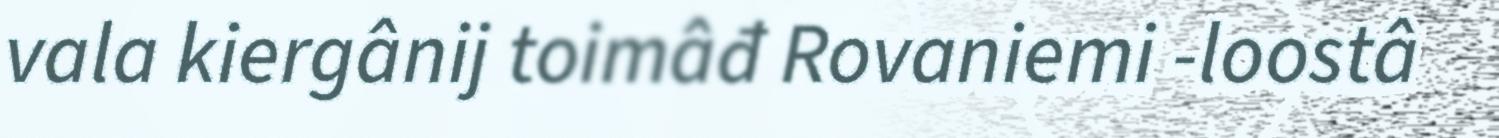
vala kiergânij toimâđ Rovaniemi -loostâ